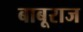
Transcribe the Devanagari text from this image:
बाबूराज